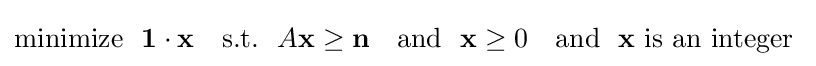
{\text{minimize}}~~\mathbf {1} \cdot \mathbf {x} ~~~{\text{s.t.}}~~A\mathbf {x} \geq \mathbf {n} ~~~{\text{and}}~~\mathbf {x} \geq 0~~~{\text{and}}~~\mathbf {x} ~{\text{is an integer}}~